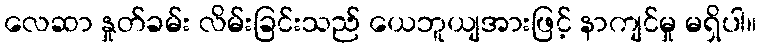
လေဆာ နှုတ်ခမ်း လိမ်းခြင်းသည် ယေဘူယျအားဖြင့် နာကျင်မှု မရှိပါ။